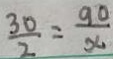
\frac { 3 0 } { 2 } = \frac { 9 0 } { x }